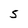
Character: 5